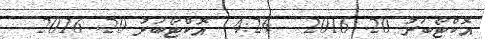
އޮކްޓޯބަރު 20